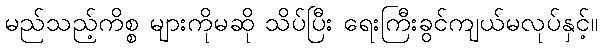
မည်သည့်ကိစ္စ များကိုမဆို သိပ်ပြီး ရေးကြီးခွင်ကျယ်မလုပ်နှင့်။